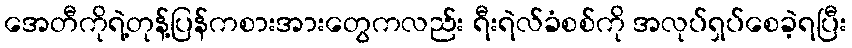
အေတီကိုရဲ့တုန့်ပြန်ကစားအားတွေကလည်း ရီးရဲလ်ခံစစ်ကို အလုပ်ရှပ်စေခဲ့ရပြီး